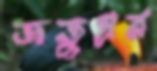
জতুপ্রন